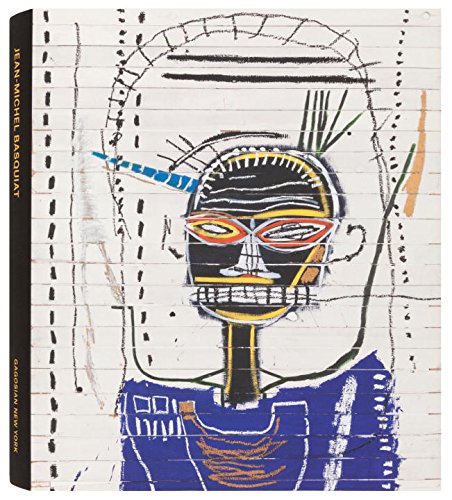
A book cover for Jean-Michel Basquiat; Robert Farris Thompson; Arts & Photography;